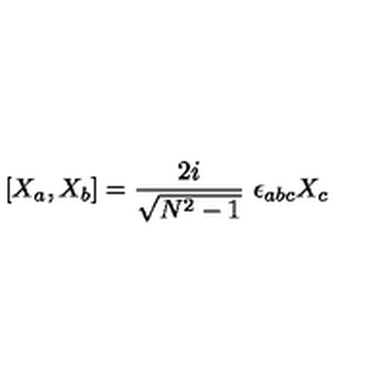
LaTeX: [ X _ { a } , X _ { b } ] = \frac { 2 i } { \sqrt { N ^ { 2 } - 1 } } \ \epsilon _ { a b c } X _ { c }